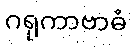
ဂရုကာဗာဓံ